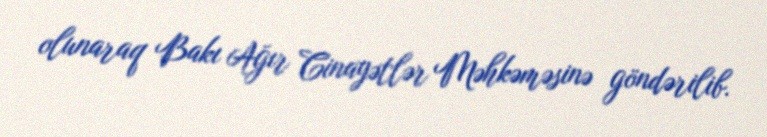
olunaraq Bakı Ağır Cinayətlər Məhkəməsinə göndərilib.